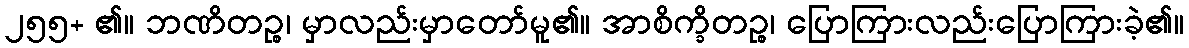
၂၅၅+ ၏။ ဘဏိတဉ္စ၊ မှာလည်းမှာတော်မူ၏။ အာစိက္ခိတဉ္စ၊ ပြောကြားလည်းပြောကြားခဲ့၏။